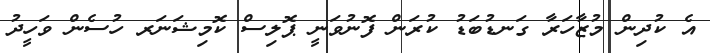
އެ ކުދިން މުޒާހަރާ ގަނޑުބަޑު ކުރަން ފޮނުވަނީ ޕޮލިސް ކޮމިޝަނަރ ހުސެން ވަހީދު